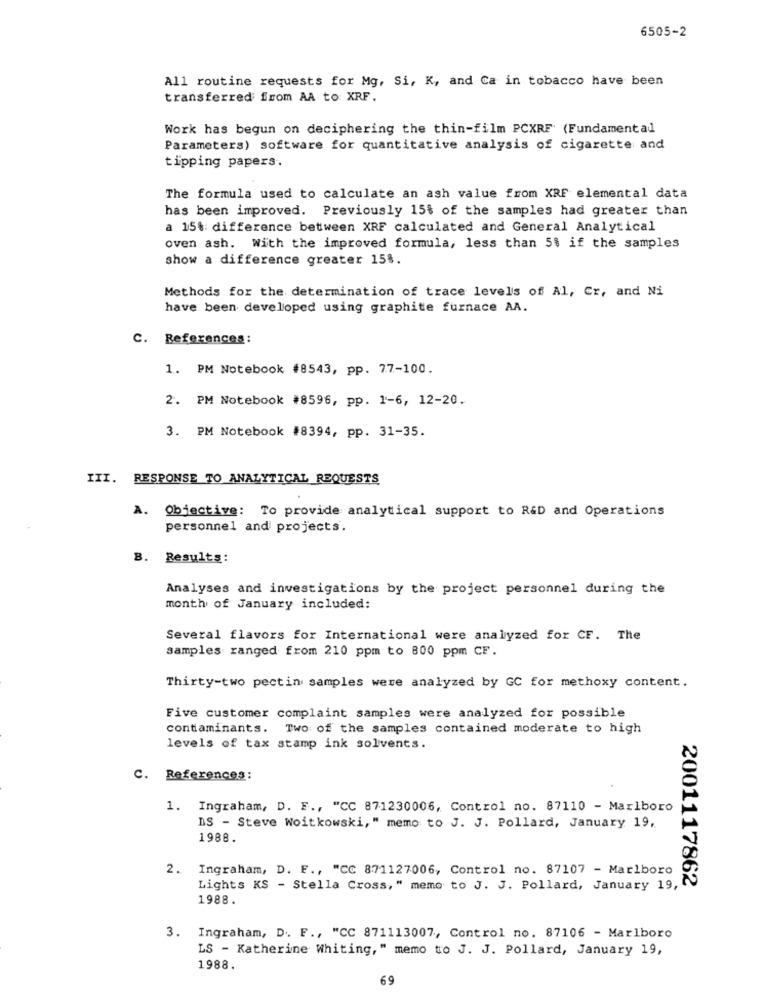
6505-2
All routine requests for Mg, Si, K, and Ca in tobacco have been
transferred from AA to XRF.
Work has begun on deciphering the thin-film PCXRF (Fundamental
Parameters) software for quantitative analysis of cigarette and
tipping papers.
The formula used to calculate an ash value from XRF elemental data
has been improved. Previously 15% of the samples had greater than
a 15%: difference between XRF calculated and General Analytical
oven ash. With the improved formula, less than 5% if the samples
show a difference greater 15%.
Methods for the determination of trace levels of Al, Cr, and Ni
have been developed using graphite furnace AA.
C. References:
1. PM Notebook #8543, pp. 77-100.
2. PM Notebook #8596, pp. 1-6, 12-20.
3. PM Notebook #8394, pp. 31-35.
III. RESPONSE TO ANALYTICAL REQUESTS
A. Objective: To provide analytical support to R&D and Operations
personnel and projects.
B. Results:
Analyses and investigations by the project personnel during the
month of January included:
Several flavors for International were analyzed for CF. The
samples ranged from 210 ppm to 800 ppm CF.
Thirty-two pectin samples were analyzed by GC for methoxy content.
Five customer complaint samples were analyzed for possible
contaminants. Two of the samples contained moderate to high
levels of tax stamp ink solvents.
C. References:
1. Ingraham, D. F ., "CC 871230006, Control no. 87110 - Marlboro
IS - Steve Woitkowski, " memo to J. J. Pollard, January 19,
1988.
2. Ingraham, D. F ., "CC 871127006, Control no. 87107 - Marlboro
Lights KS - Stella Cross," memo to J. J. Pollard, January 19,
2001117862
1988.
3. Ingraham, D. F ., "CC 871113007, Control no. 87106 - Marlboro
LS - Katherine Whiting," memo to J. J. Pollard, January 19,
1988.
69